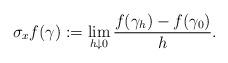
LaTeX: \begin{align*}\sigma_x f(\gamma):=\lim_{h\downarrow0}\frac{f(\gamma_h)-f(\gamma_0)}{h}.\end{align*}